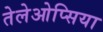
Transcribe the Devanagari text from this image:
तेलेओप्सिया